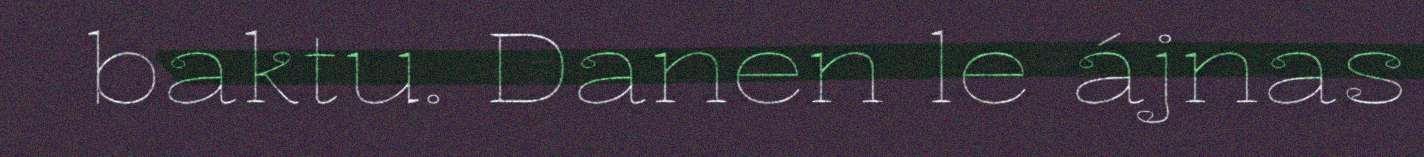
baktu. Danen le ájnas